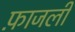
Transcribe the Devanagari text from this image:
फ़ाजली